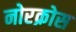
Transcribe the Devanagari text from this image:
नोरक्रोस